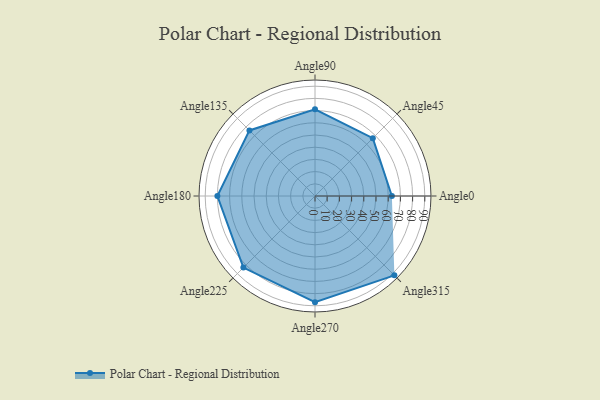
{"axis": {"x": "Angle", "y": "Radius"}, "legend": [""], "data": [{"x": "Angle0", "y": 63.0, "type": ""}, {"x": "Angle45", "y": 67.0, "type": ""}, {"x": "Angle90", "y": 71.0, "type": ""}, {"x": "Angle135", "y": 76.0, "type": ""}, {"x": "Angle180", "y": 80.0, "type": ""}, {"x": "Angle225", "y": 83.0, "type": ""}, {"x": "Angle270", "y": 87.0, "type": ""}, {"x": "Angle315", "y": 92.0, "type": ""}]}